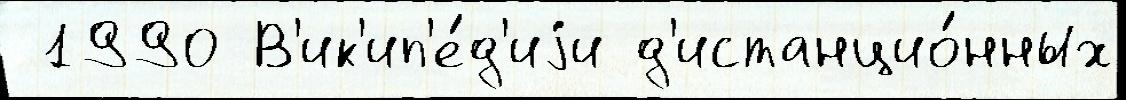
 1990 В'ик'ип'е́д'иjи д'истанцио́нных